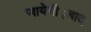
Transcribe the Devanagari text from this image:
जायेगी।बाद